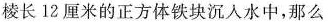
棱长12厘米的正方体铁块沉入水中，那么